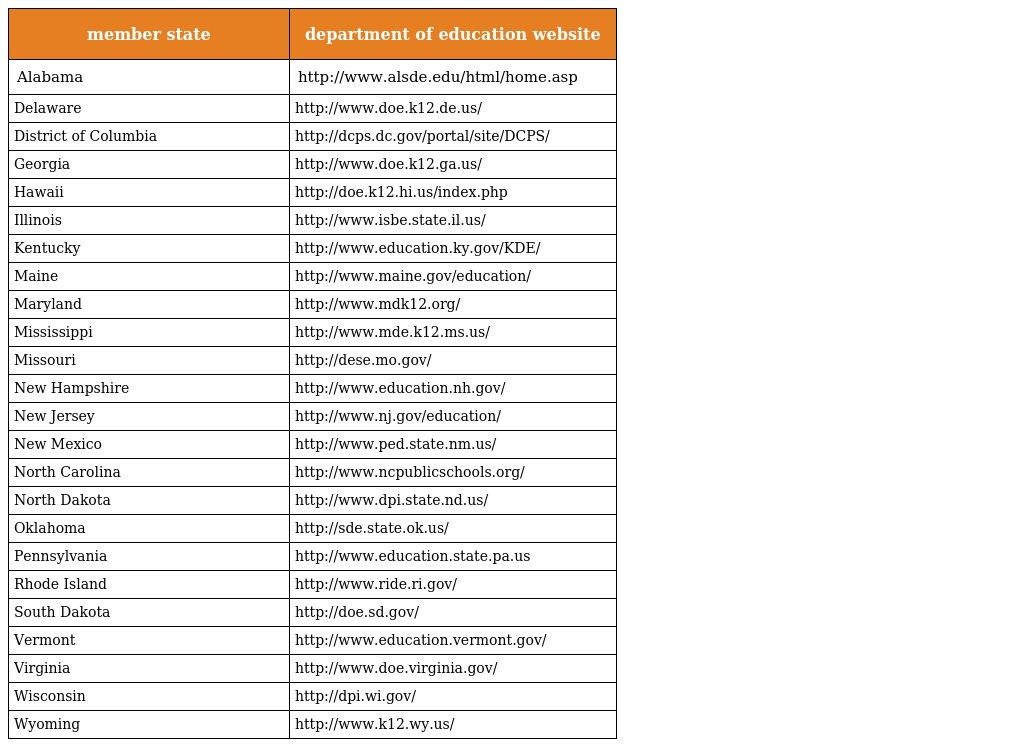
| member state | department of education website |
 | --- | --- |
 | Alabama | http://www.alsde.edu/html/home.asp |
 | Delaware | http://www.doe.k12.de.us/ |
 | District of Columbia | http://dcps.dc.gov/portal/site/DCPS/ |
 | Georgia | http://www.doe.k12.ga.us/ |
 | Hawaii | http://doe.k12.hi.us/index.php |
 | Illinois | http://www.isbe.state.il.us/ |
 | Kentucky | http://www.education.ky.gov/KDE/ |
 | Maine | http://www.maine.gov/education/ |
 | Maryland | http://www.mdk12.org/ |
 | Mississippi | http://www.mde.k12.ms.us/ |
 | Missouri | http://dese.mo.gov/ |
 | New Hampshire | http://www.education.nh.gov/ |
 | New Jersey | http://www.nj.gov/education/ |
 | New Mexico | http://www.ped.state.nm.us/ |
 | North Carolina | http://www.ncpublicschools.org/ |
 | North Dakota | http://www.dpi.state.nd.us/ |
 | Oklahoma | http://sde.state.ok.us/ |
 | Pennsylvania | http://www.education.state.pa.us |
 | Rhode Island | http://www.ride.ri.gov/ |
 | South Dakota | http://doe.sd.gov/ |
 | Vermont | http://www.education.vermont.gov/ |
 | Virginia | http://www.doe.virginia.gov/ |
 | Wisconsin | http://dpi.wi.gov/ |
 | Wyoming | http://www.k12.wy.us/ |